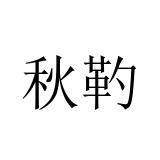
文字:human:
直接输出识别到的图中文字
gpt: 秋靮